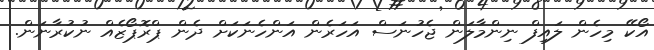
އޯކޭ މިހެން ލައިފް ނިންމާލަން ޖެހުނަސް އަހަރެން އަންހެނަކަށް ދެން ޕްރޮޕޯޒެއް ނުކުރާނަން.